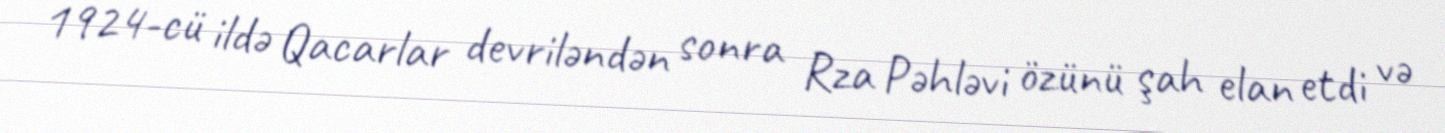
1924-cü ildə Qacarlar devriləndən sonra Rza Pəhləvi özünü şah elan etdi və